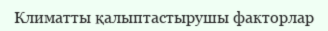
Климатты қалыптастырушы факторлар